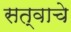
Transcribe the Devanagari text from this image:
सत्वाचे